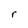
Character: r